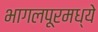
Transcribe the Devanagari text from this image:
भागलपूरमध्ये